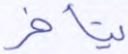
يتأخر